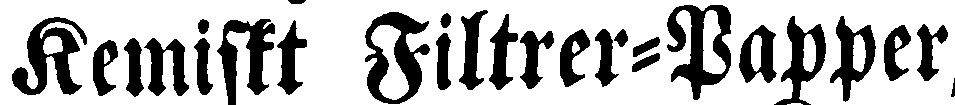
Kemiskt Filtrer-Papper,